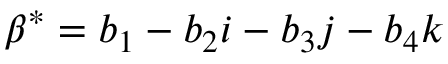
\beta ^ { * } = b _ { 1 } - b _ { 2 } i - b _ { 3 } j - b _ { 4 } k